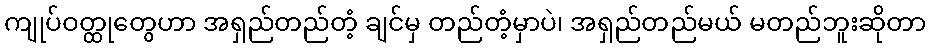
ကျုပ်ဝတ္ထုတွေဟာ အရှည်တည်တံ့ ချင်မှ တည်တံ့မှာပဲ၊ အရှည်တည်မယ် မတည်ဘူးဆိုတာ